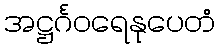
အဋ္ဌင်္ဂဝရေနုပေတံ